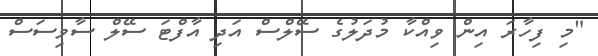
"މި ފިހާރަ އިން ވިއްކާ މުދަލުގެ ސޭލްސް އަދި އާފްޓަ ސޭލް ސާވިސަސް